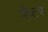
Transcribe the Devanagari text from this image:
फैटर